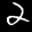
Label: 2